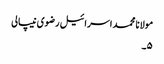
مولانا محمد اسرائیل رضوی نیپالی
۵۔